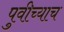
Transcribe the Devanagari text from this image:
पुवीच्याच